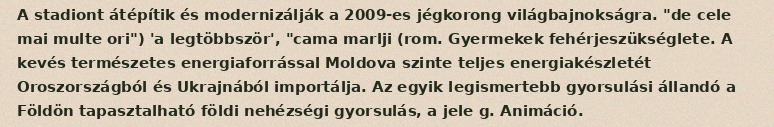
A stadiont átépítik és modernizálják a 2009-es jégkorong világbajnokságra. "de cele mai multe ori") 'a legtöbbször', "cama marlji (rom. Gyermekek fehérjeszükséglete. A kevés természetes energiaforrással Moldova szinte teljes energiakészletét Oroszországból és Ukrajnából importálja. Az egyik legismertebb gyorsulási állandó a Földön tapasztalható földi nehézségi gyorsulás, a jele g. Animáció.